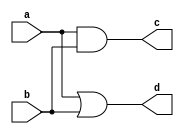
module and1(a,b,c,d);
    input wire a,b;
    output wire c,d;
    assign c = a & b;
    assign d = a | b;
endmodule